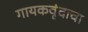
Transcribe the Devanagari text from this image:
गायकवृंदाचा